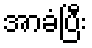
အာခံပြီး